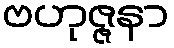
ဗဟုဇ္ဇနာ